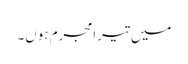
میں تیرامجرم ہوں۔